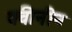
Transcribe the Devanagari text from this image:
क्वीनीन